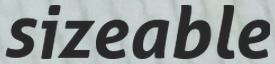
sizeable